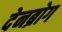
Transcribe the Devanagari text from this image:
देनब्रोग